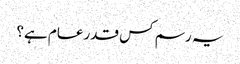
یہ رسم کس قدر عام ہے؟